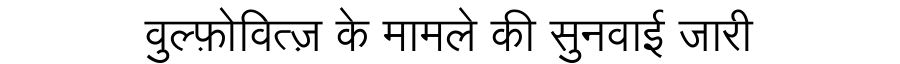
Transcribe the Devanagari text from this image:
वुल्फ़ोवित्ज़ के मामले की सुनवाई जारी